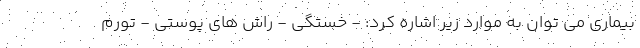
بیماری می توان به موارد زیر اشاره کرد: - خستگی - راش های پوستی - تورم